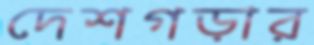
দেশগড়ার